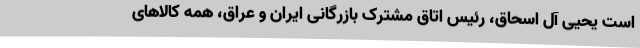
است یحیی آل اسحاق، رئیس اتاق مشترک بازرگانی ایران و عراق، همه کالاهای